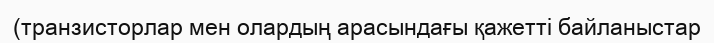
(транзисторлар мен олардың арасындағы қажетті байланыстар